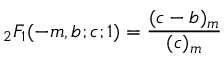
{ } _ { 2 } F _ { 1 } ( - m , b ; c ; 1 ) = { \frac { ( c - b ) _ { m } } { ( c ) _ { m } } }